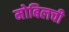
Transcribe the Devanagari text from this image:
मोबिलची